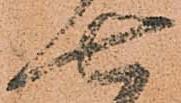
七